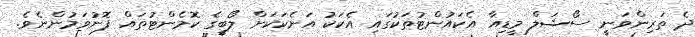
ދެ ތަރިންވަނީ ސޯޝަލް މީޑިއާ އެކައުންޓުތަކުގައި އެކަކު އަނެކަކަށް ލޯބީގެ ކޮމެންޓުތައް ފޮނުވަމުންނެވެ.